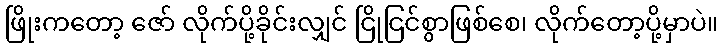
ဖြိုးကတော့ ဇော် လိုက်ပို့ခိုင်းလျှင် ငြိုငြင်စွာဖြစ်စေ၊ လိုက်တော့ပို့မှာပဲ။